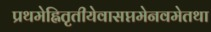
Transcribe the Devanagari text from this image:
प्रथमेह्नितृतीयेवासप्तमेनवमेतथा